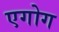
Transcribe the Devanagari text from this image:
एगोग